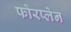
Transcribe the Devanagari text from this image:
फोरप्लेन